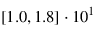
[ 1 . 0 , 1 . 8 ] \cdot 1 0 ^ { 1 } \phantom { ^ { - } }